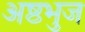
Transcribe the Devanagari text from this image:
अष्ठभुज